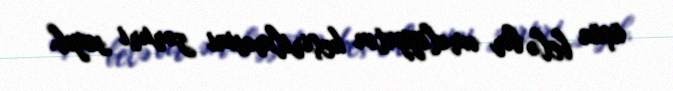
üçün belə bir əməliyyatın keçirilməsini zəruri sayıb.